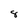
Character: 8